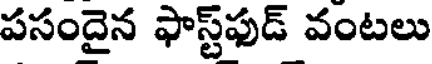
పసందైన ఫాస్ట్ఫుడ్ వంటలు